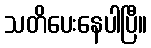
သတိပေးနေပါပြီ။